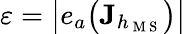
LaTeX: \varepsilon=\big|e_{a}\big(\mathbf{J}_{h_{\mathrm{~M~S~}}}\big)\big|